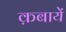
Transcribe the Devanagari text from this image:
क़बायें